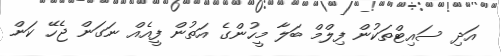
އަދި ސައިޓްތަކުން ފިލްމް ބަލާ މީހުންގެ އަތުން ފީއެއް ނަގަން ޖެހޭ ކަން